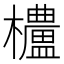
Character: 𬅒